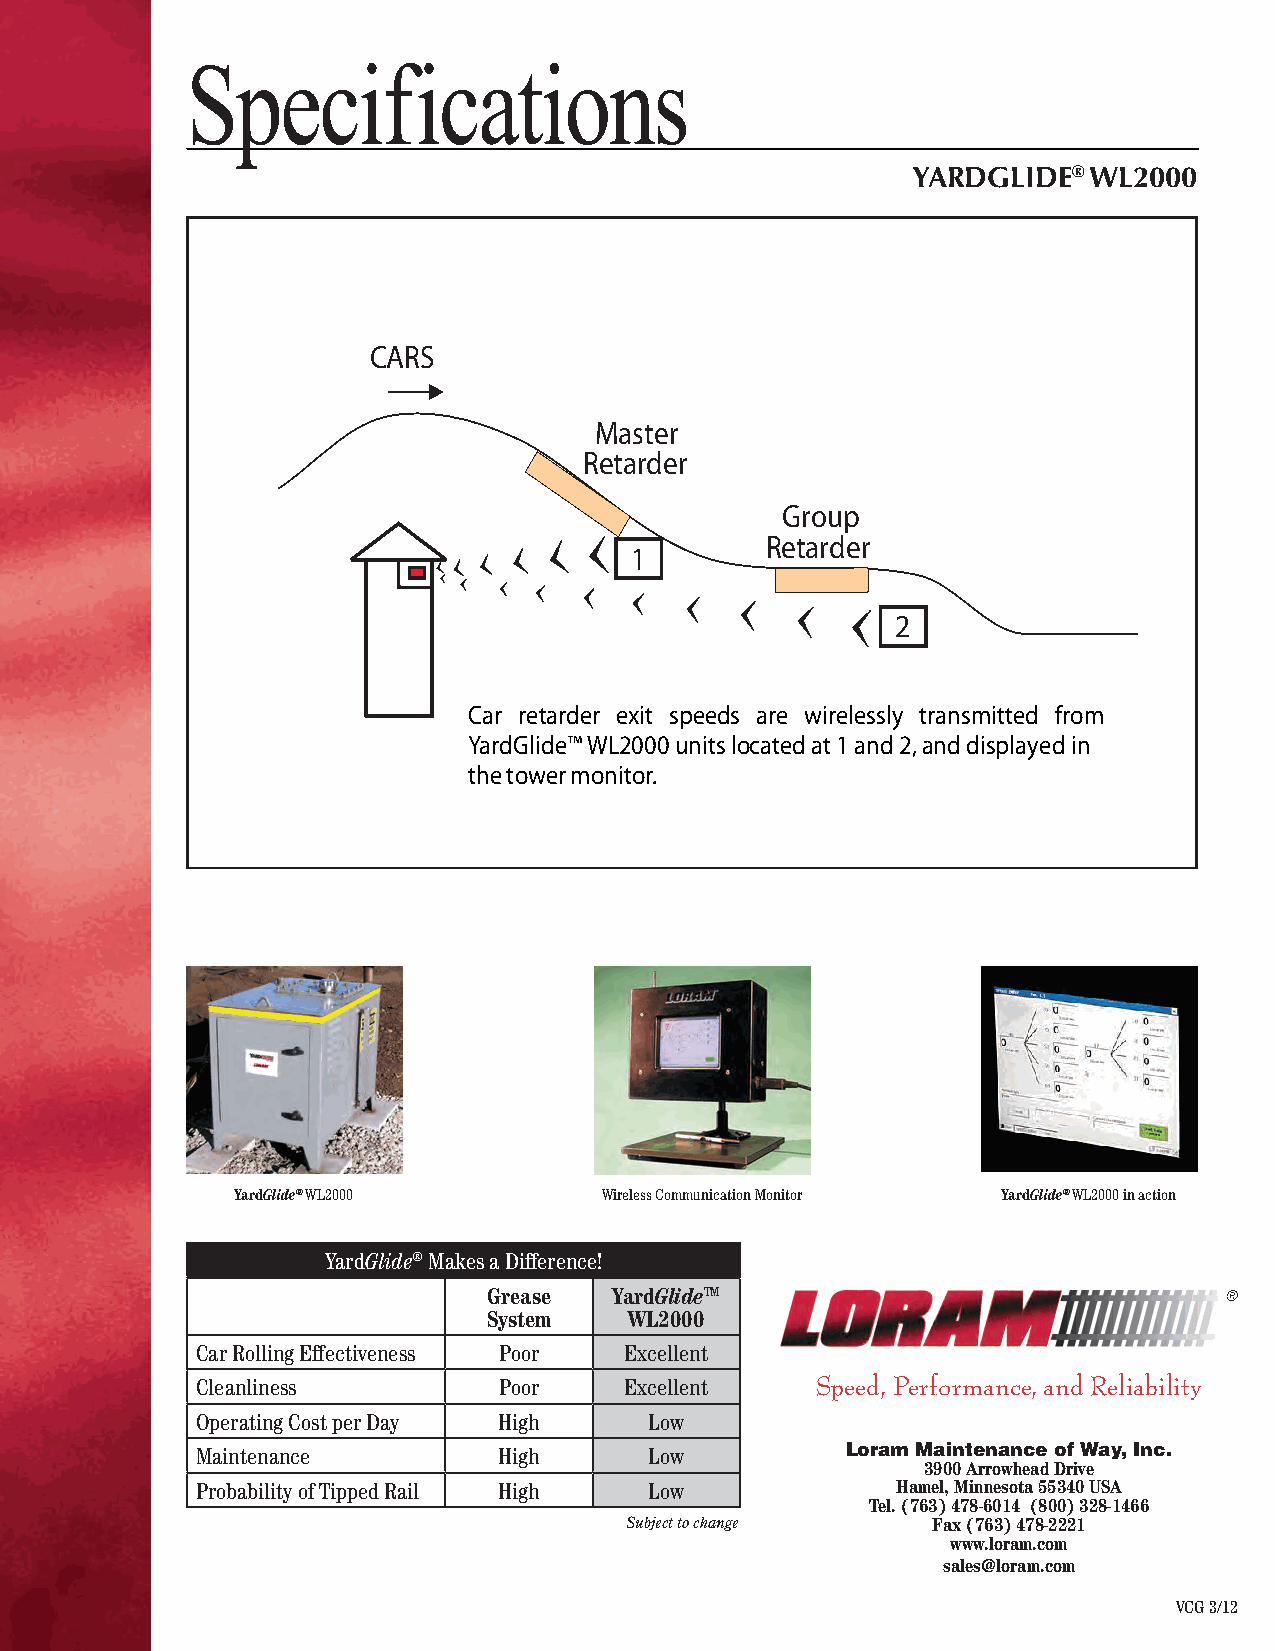
Specifications
 YARDGLIDE®  WL2000
 CARS
 Master
 Retarder
 Group
 Retarder
 1
 2
 Car retarder exit speeds are wirelessly transmitted from
 YardGlide™WL2000unitslocatedat1and2,anddisplayedin
 thetowermonitor.
 YardGlide® WL2000        Wireless Communication Monitor YardGlide® WL2000 in action
 YardGlide® Makes a Difference!
 Grease   YardGlideTM
 System    WL2000
 Car Rolling Effectiveness Poor Excellent
 Cleanliness         Poor    Excellent    Speed, Performance, and Reliability
 Operating Cost per Day High   Low
 Maintenance         High      Low          Loram Maintenance of Way, Inc.
 3900 Arrowhead Drive
 Probability of Tipped Rail High Low           Hamel, Minnesota 55340 USA
 Tel. (763) 478-6014 (800) 328-1466
 Subject to change    Fax (763) 478-2221
 www.loram.com
 sales@loram.com
 VCG 3/12